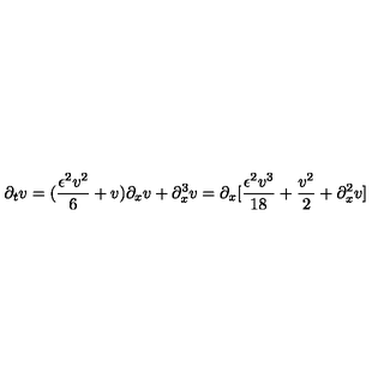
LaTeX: \partial _ { t } v = ( { \frac { \epsilon ^ { 2 } v ^ { 2 } } { 6 } } + v ) { \partial _ { x } v } + \partial _ { x } ^ { 3 } v = \partial _ { x } [ { \frac { \epsilon ^ { 2 } v ^ { 3 } } { 1 8 } } + { \frac { v ^ { 2 } } { 2 } } + \partial _ { x } ^ { 2 } v ]